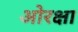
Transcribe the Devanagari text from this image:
ओरक्षा